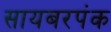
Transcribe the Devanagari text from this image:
सायबरपंक